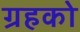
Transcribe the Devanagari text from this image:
ग्रहको